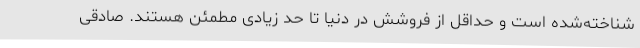
شناخته‌شده است و حداقل از فروشش در دنیا تا حد زیادی مطمئن هستند. صادقی